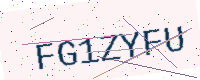
Text: FG1ZYFU